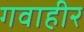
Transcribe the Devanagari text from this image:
गवाहीर